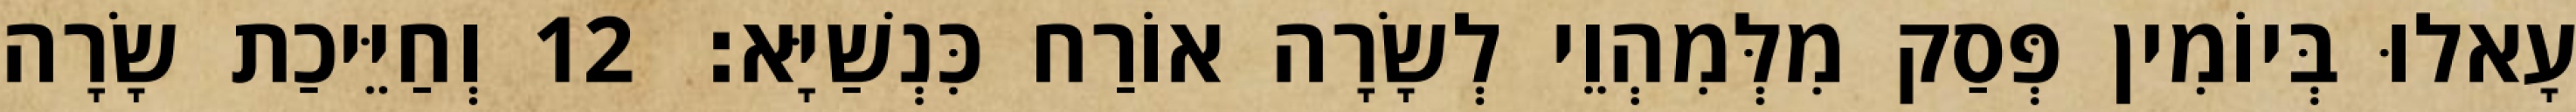
עָאלוּ בְּיוֹמִין פְּסַק מִלְּמִהְוֵי לְשָׂרָה אוֹרַח כִּנְשַׁיָּא׃ 12 וְחַיֵּיכַת שָׂרָה